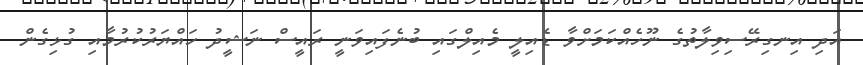
އަދި އިނގިރޭސިވިލާތުގެ ނޫހެއްކަމަށްވާ ޑެއިލީ މެއިލްގައި ބުނެފައިވަނީ ރައީސް ނަޝީދު ހައްޔަރުކުރުމާއި ގުޅިގެން